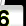
Digit: 6